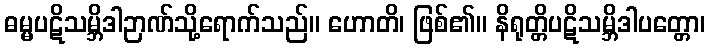
ဓမ္မပဋိသမ္ဘိဒါဉာဏ်သို့ရောက်သည်။ ဟောတိ၊ ဖြစ်၏။ နိရုတ္တိပဋိသမ္ဘိဒါပတ္တော၊